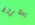
ينشرون